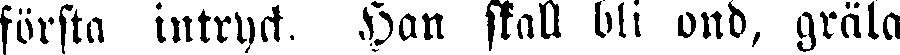
första intryck. Han skall bli ond, gräla